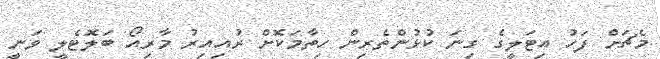
މެޗަށް ފަހު އިޓަލީގެ ގިނަ ކުޅުންތެރިން ހިތާމަކޮށް ރުއިއިރު މާރިއޯ ބަލޮޓެލީ ވަނީ